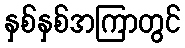
နှစ်နှစ်အကြာတွင်